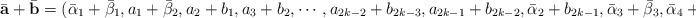
LaTeX: \begin{align*}\bar{\mathbf{a}}+\bar{\mathbf{b}}=(\bar{\alpha}_1+\bar{\beta}_1,a_1+\bar{\beta}_2,a_2+b_1,a_3+b_2,\cdots,a_{2k-2}+b_{2k-3},a_{2k-1}+b_{2k-2},\bar{\alpha}_2+b_{2k-1},\bar{\alpha}_3+\bar{\beta}_3,\bar{\alpha}_4+\bar{\beta}_4).\end{align*}